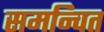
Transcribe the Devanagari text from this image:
समन्‍वित